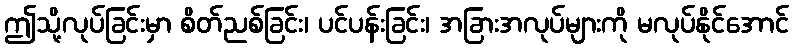
ဤသို့လုပ်ခြင်းမှာ စိတ်ညစ်ခြင်း၊ ပင်ပန်းခြင်း၊ အခြားအလုပ်များကို မလုပ်နိုင်အောင်